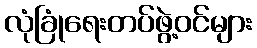
လုံခြုံရေးတပ်ဖွဲ့ဝင်များ